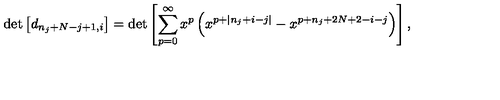
\det \left[ d _ { n _ { j } + N - j + 1 , i } \right] = \det \left[ \sum _ { p = 0 } ^ { \infty } x ^ { p } \left( x ^ { p + | n _ { j } + i - j | } - x ^ { p + n _ { j } + 2 N + 2 - i - j } \right) \right] ,